Report on sanitation, dispensaries, and jails in Rajputana for 1911, and on vaccination for the year 1911-1912 - 1911-1912
Year: 1911
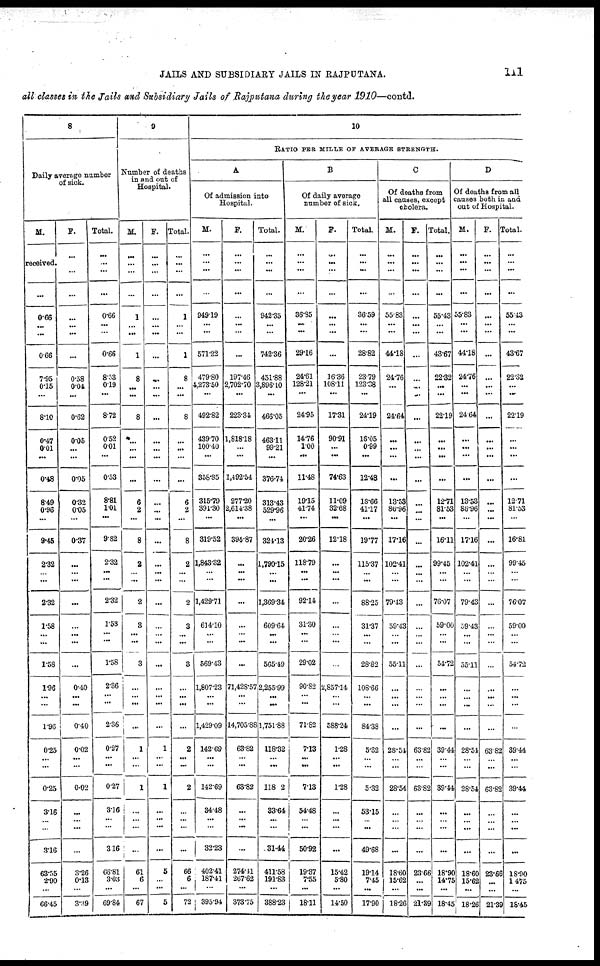
JAILS AND SUBSIDIARY JAILS IN RAJPUTANA.
111
all classes in the Jails and Subsidiary Jails of Rajputana during the year 1910—contd.
8
Daily average number
of sick.
M.
received.
...
0.66
...
...
0.66
7.95
0.15
...
8.10
0.47
0.01
...
0.48
8.49
0.96
...
9.45
2.32
...
...
2.32
1.58
...
...
1.58
1.96
...
...
1.96
0.25
...
...
0.25
3.16
...
...
3.16
63.55
2.90
...
66.45
F.
...
...
...
...
...
...
...
0.58
0.04
...
0.62
0.05
...
...
0.05
0.32
0.05
...
0.37
...
...
...
...
...
...
...
...
0.40
...
...
0.40
0.02
...
...
0.02
...
...
...
...
3.26
0.13
...
3.39
Total.
...
...
...
...
0.66
...
...
0.66
8.53
0.19
...
8.72
0.52
0.01
...
0.53
8.81
1.01
...
9.82
2.32
...
...
2.32
153
...
...
1.58
2.36
...
...
2.36
0.27
...
...
0.27
3.16
...
...
3.16
66.81
3.03
...
69.84
9
Number of deaths
in and out of
Hospital.
M.
...
...
...
...
1
...
...
1
8
...
...
8
...
...
...
...
6
2
...
8
2
...
...
2
3
...
...
3
...
...
...
...
1
...
...
1
...
...
...
...
61
6
...
67
F.
...
...
...
...
...
...
...
...
...
...
...
...
...
...
...
...
...
...
...
...
...
...
...
...
...
...
...
...
...
...
...
...
1
...
...
1
...
...
...
...
5
...
...
5
Total.
...
...
...
...
1
...
...
1
8
...
...
8
...
...
...
...
6
2
...
8
2
...
...
2
3
...
...
3
...
...
...
...
2
...
...
2
...
...
...
...
66
6
...
72
10
RATIO PER MILLE OF AVERAGE STRENGTH.
A
Of admission into
Hospital.
M.
...
...
...
...
949.19
...
...
571.22
479.80
4,273.50
...
492.82
439.70
100.40
...
358.85
315.79
391.30
...
319.52
1,843.32
...
...
1,429.71
614.10
...
...
569.43
1,807.23
...
...
1,429.09
142.69
...
...
142.69
34.48
...
...
32.23
402.41
187.41
...
395.94
F.
...
...
...
...
...
...
...
...
197.46
2,702.70
...
223.34
1,818.18
...
...
1,492.54
277.20
2,614.38
...
394.87
...
...
...
...
...
...
...
...
71,428.57
...
...
14,705.88
63.82
...
...
63.82
...
...
...
...
274.41
267.62
...
373.75
Total.
...
...
...
...
942.35
...
...
742.36
451.88
3,896.10
...
466.05
463.11
99.21
...
376.74
313.43
529.96
...
324.13
1,790.15
...
...
1,369.34
609.64
...
...
565.49
2,255.99
...
...
1,751.88
118.32
...
...
118.02
33.64
...
...
31.44
411.58
191.83
...
388.23
B
Of daily average
number of sick.
M.
...
...
...
...
36.85
...
...
29.16
24.61
128.21
...
24.95
14.76
1.00
...
11.48
19.15
41.74
...
20.26
118.79
...
...
92.14
31.30
...
...
29.02
90.82
...
...
71.82
7.13
...
...
7.13
54.48
... ...
50.92
19.37
7.55
...
18.11
F.
...
...
...
...
...
...
...
...
16.36
108.11
...
17.31
90.91
...
...
74.63
11.09
32.68
...
12.18
...
...
...
...
...
...
...
...
2,857.14
...
...
588.24
1.28
...
...
1.28
...
...
...
...
15.42
5.80
...
14.50
Total.
...
...
...
...
36.59
...
...
28.82
23.79
123.38
...
24.19
16.05
0.99
...
12.48
18.66
41.17
...
19.77
115.37
...
...
88.25
31.37
...
...
28.82
108.66
...
...
84.38
5.32
...
...
5.32
53.15
...
...
49.68
19.14
7.45
...
17.90
C
Of deaths from
all causes, except
cholera.
M.
...
...
...
...
55.83
...
...
44.18
24.76
...
...
24.64
...
...
...
...
13.53
86.96
...
17.16
102.41
...
...
79.43
59.43
...
...
55.11
...
...
...
...
28.54
...
...
28.54
...
...
...
...
18.60
15.62
...
18.26
F.
...
...
...
...
...
...
...
...
...
...
...
...
...
...
...
...
...
...
...
...
...
...
...
...
...
...
...
...
...
...
...
...
63.82
...
...
63.82
...
...
...
...
23.66
...
...
21.39
Total.
...
...
...
...
55.43
...
...
43.67
22.32
...
...
22.19
...
...
...
...
12.71
81.53
...
16.11
99.45
...
...
76.07
59.00
...
...
54.72
...
...
...
...
39.44
...
...
39.44
...
...
...
...
18.90
14.75
...
18.45
D
Of deaths from all
causes both in and
out of Hospital.
M.
...
...
...
...
55.83
...
...
44.18
24.76
...
...
24.64
...
...
...
...
13.53
86.96
...
17.16
102.41
...
...
79.43
59.43
...
...
55.11
...
...
...
...
28.54
...
...
28.54
...
...
...
...
18.60
15.62
...
18.26
F.
...
...
...
...
...
...
...
...
...
...
...
...
...
...
...
...
...
...
...
...
...
...
...
...
...
...
...
...
...
...
...
...
63.82
...
...
63.82
...
...
...
...
23.66
...
...
21.39
Total.
...
...
...
...
55.43
...
...
43.67
22.32
...
...
22.19
...
...
...
...
12.71
81.53
...
16.81
99.45
...
76.07
59.00
...
...
54.72
...
...
...
...
39.44
...
...
39.44
...
...
...
...
18.90
14.75
...
18.45